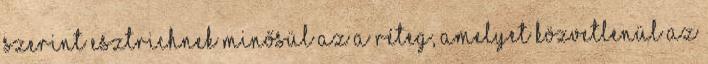
szerint esztrichnek minősül az a réteg, amelyet közvetlenül az